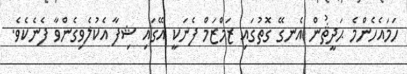
ހަމައެހެންމެ ޙަދީޘުން އެނގޭ ގޮތުގައި ޒަމްޒަމް ފެނަކީ އޭގައި ޝިފާ އެކުލެވިގެންވާ ފެނެކެވެ.